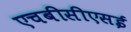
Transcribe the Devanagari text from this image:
एचबीसीएसई